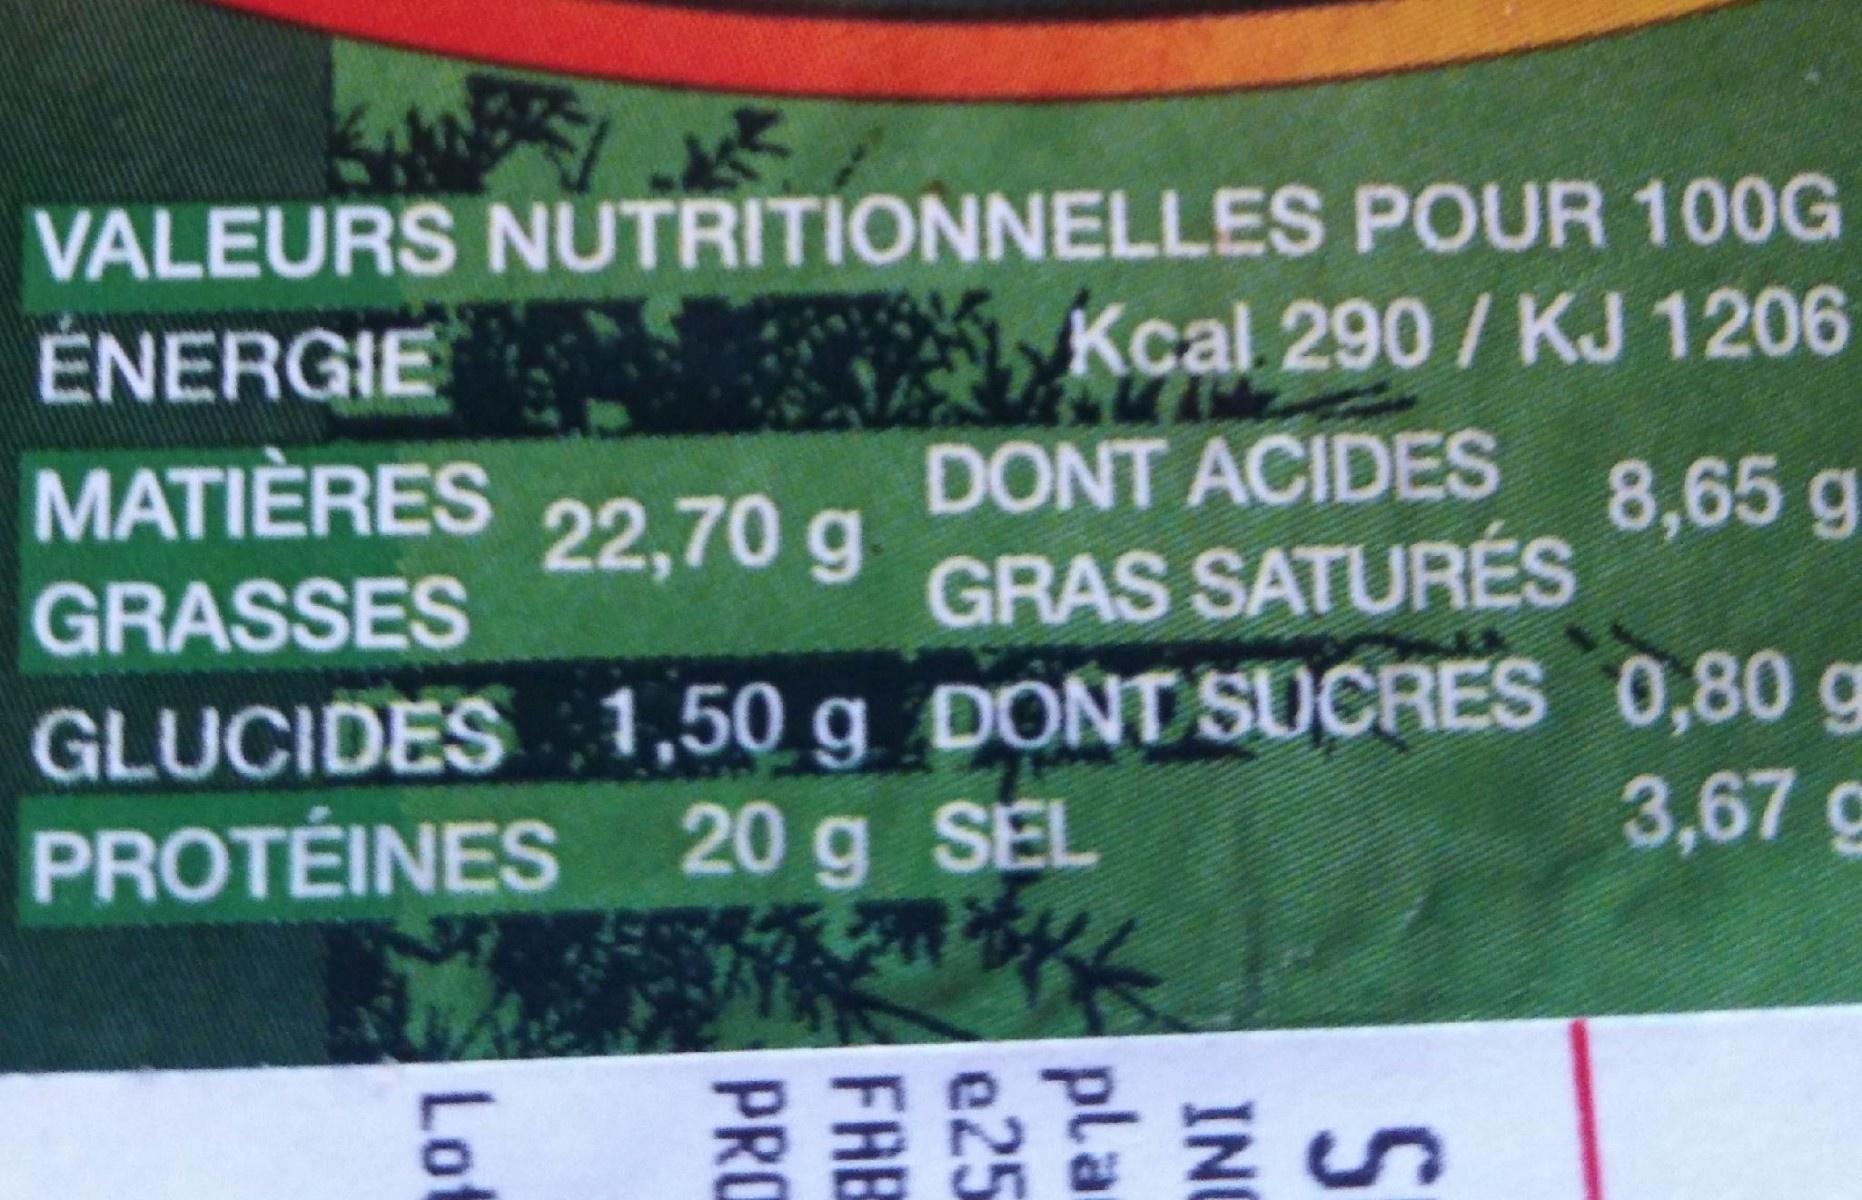
VALEURS NUTRITIONNELLES POUR 100G Kcal 290/KJ 1206
ÉNERGIE
MATIÈRES
DONT ACIDES
8,65g
22,70 g
GRASSES
GRAS SATURÉS
GLUCIDES 1,50 g DONTSUCRES 0,80 g PROTÉINES 20 g SEL
3,67 g
Lot